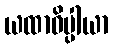
ယထာဓိပ္ပါယာ